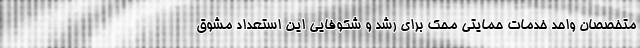
متخصصان واحد خدمات حمایتی محک برای رشد و شکوفایی این استعداد مشوق